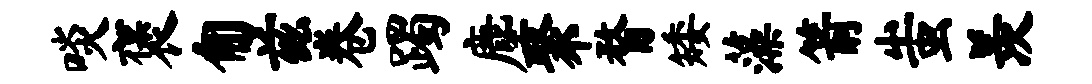
啖褒匍兹卷躅麈聚瞀矮藻箭蚩羡